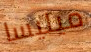
ميليسا